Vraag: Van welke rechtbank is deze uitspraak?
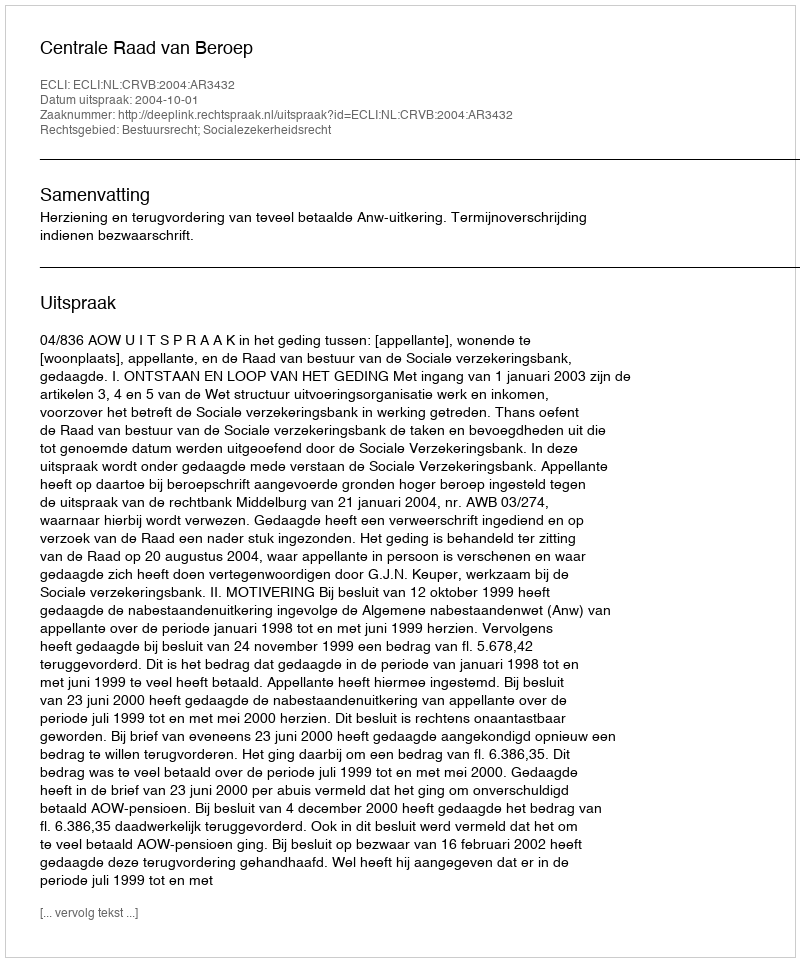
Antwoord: Centrale Raad van Beroep